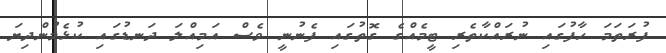
ފުރަތަމަ ހާފުގައި ނުރައްކާތެރި ޓީމެއްގެ ގޮތުގައި ފެނުނީ ވެސް އަމިއްލަ ދަނޑުގައި ކުޅެމުންދިޔަ